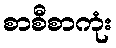
စာစီစာကုံး